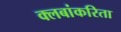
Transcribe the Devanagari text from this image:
क्लबांकरिता